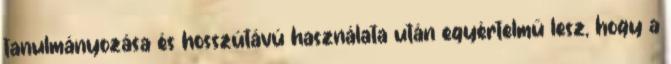
tanulmányozása és hosszútávú használata után egyértelmű lesz, hogy a